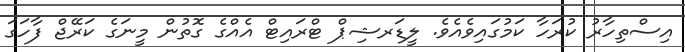
އިސްތިހާރު ކުރަހާ ކަމުގައިވެއެވެ. ލީޑަރޝިޕް ޓްރައިޓް އެއްގެ ގޮތުން މީނަގެ ކަރޭޖް ފާހަގަ